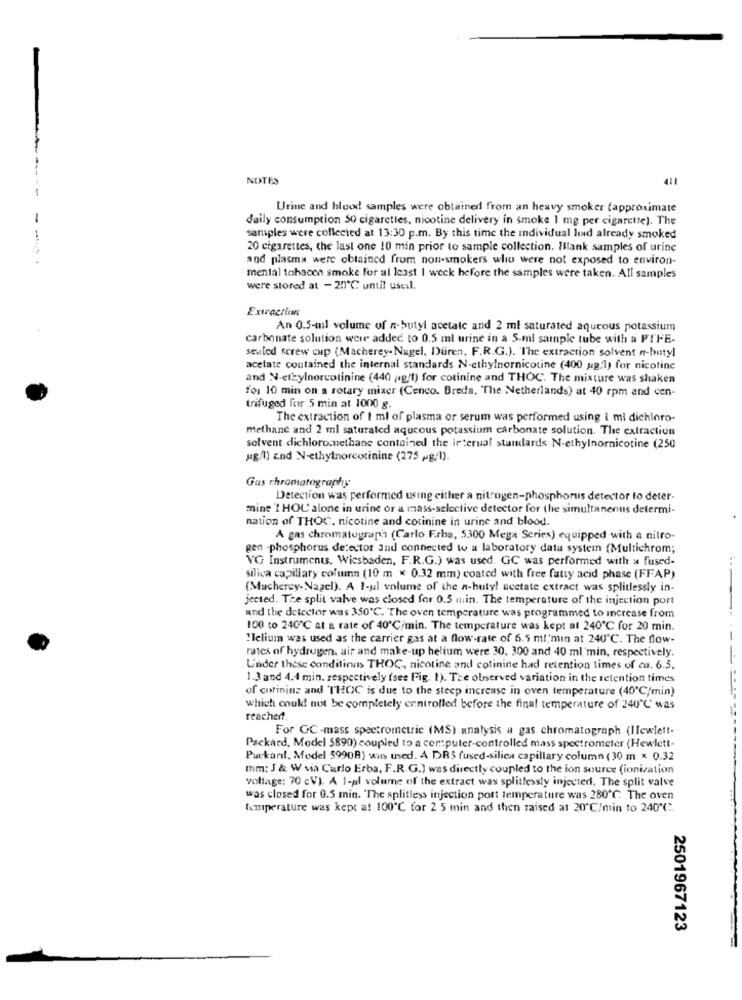
NOTES
411
Urine and blood samples were obtained from an heavy smoker (approximate
-
daily consumption 50 cigarettes, nicotine delivery in smoke 1 mg per cigarette). The
samples were collected at 13:30 p.m. By this time the individual lad already smoked
20 cigarettes, the last one 10 min prior to sample collection. Ilank samples of urine
and plasma were obtained from non-smokers who were not exposed to environ-
mental tohacen smoke for at least | week before the samples were taken. All samples
were stored at - 25℃: until useil.
Extraction
An 0.5-ml volume of n-butyl acetate and 2 ml saturated aqueous potassium
carbonate solution were added to 0.5 ml urine in a S-ml sample tube with a PTFE-
seuted screw cup (Macherey-Nagel, Duren. F.R.G.). The extraction solvent n-butyl
acetate contained the internal standards N-ethylnornicotine (400 ug,1) for nicotine
and N-erzylnorcotinine (440 pig/1) for cotinine and THOC. The mixture was shaken
for 10 min on a rotary mixer (Cenco. Breda, The Netherlands) at 40 rpm and cen-
trifuged for 5 min at 1000 g.
The extraction of I ml of plasma or serum was performed using i mi dichloro.
methane and 2 ml saturated aqucous potassium carbonate solution. The extraction
solvent dichloromethane contained the internal standards N-ethylnornicotine (250
ug/l) and N-ethylnorcotinine (275 Mg/l).
Gas chromatography
Detection was performed using either a nitrogen-phosphorus detector to deter-
mine I HOC alone in urine or a mass-selective detector for the simultaneous determi-
nation of THOC. nicotine and cotinine in urine and blood.
A gas chromatograph (Carlo Frha, 5300 Mega Series) equipped with a nitro-
gen -phosphorus detector and connected to a laboratory data system (Multichrom;
VG Instruments, Wiesbaden, F.R.G.) was used. GC was performed with > fused-
silica capillary column (10 m < 0.32 mm) coated with free fatty acid phase (FFAP)
(Mucherey-Nagel). A 1-ul volume of the a-butyl acetate extract was splitlessly in-
jected. The split valve was closed for 0.5 min. The temperature of the injection port
and the detector was 350℃. The oven temperature was programmed to increase from
100 to 240℃ at a rate of 40℃/min. The temperature was kept at 240℃ for 20 min.
"lelium was used as the carrier gas at a flow-rate of 6.5 ml;min at 240℃. The flow-
rates of hydrogen. air and make-up helium were 30. 300 and 40 ml,'min, respectively.
Under these condifinns THOC, nicotine and cotinine had retention times of ca. 6.5.
1.3 and 4.4 min. respectively (see Fig. 1). The olnserved variation in the retention times
of corininz and THOC is due to the steep increase in oven temperature (40℃/min)
which could not be completely controlled before the final temperature of 240℃" was
reached.
For GC-mass spectrometric (MS) analysis a gas chromatograph (Ilewle !!-
Packard, Model 5890) coupled to a computer-controlled mass spectrometer (Hewlett-
Puckaril, Model 5990B) was used. A DRS fused-silica capillary column (30 m × 0.32
Ihm: J & W via Carlo Erba, F.R.G.) was directly coupled to the ion source (ionization
voltage: 70 cV). A 1-pl volume of the extract was splitlessly injected. The split valve
was closed for 0.5 min. The splitless injection port temperature was 280℃ The oven
temperature was kept a! 100'℃ for 2 5 min and then raised at 20℃/min to 240℃".
2501967123